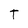
Character: T